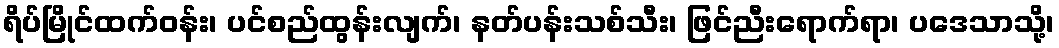
ရိပ်မြိုင်ထက်ဝန်း၊ ပင်စည်ထွန်းလျက်၊ နတ်ပန်းသစ်သီး၊ ဖြင်ညီးရောက်ရာ၊ ပဒေသာသို့၊